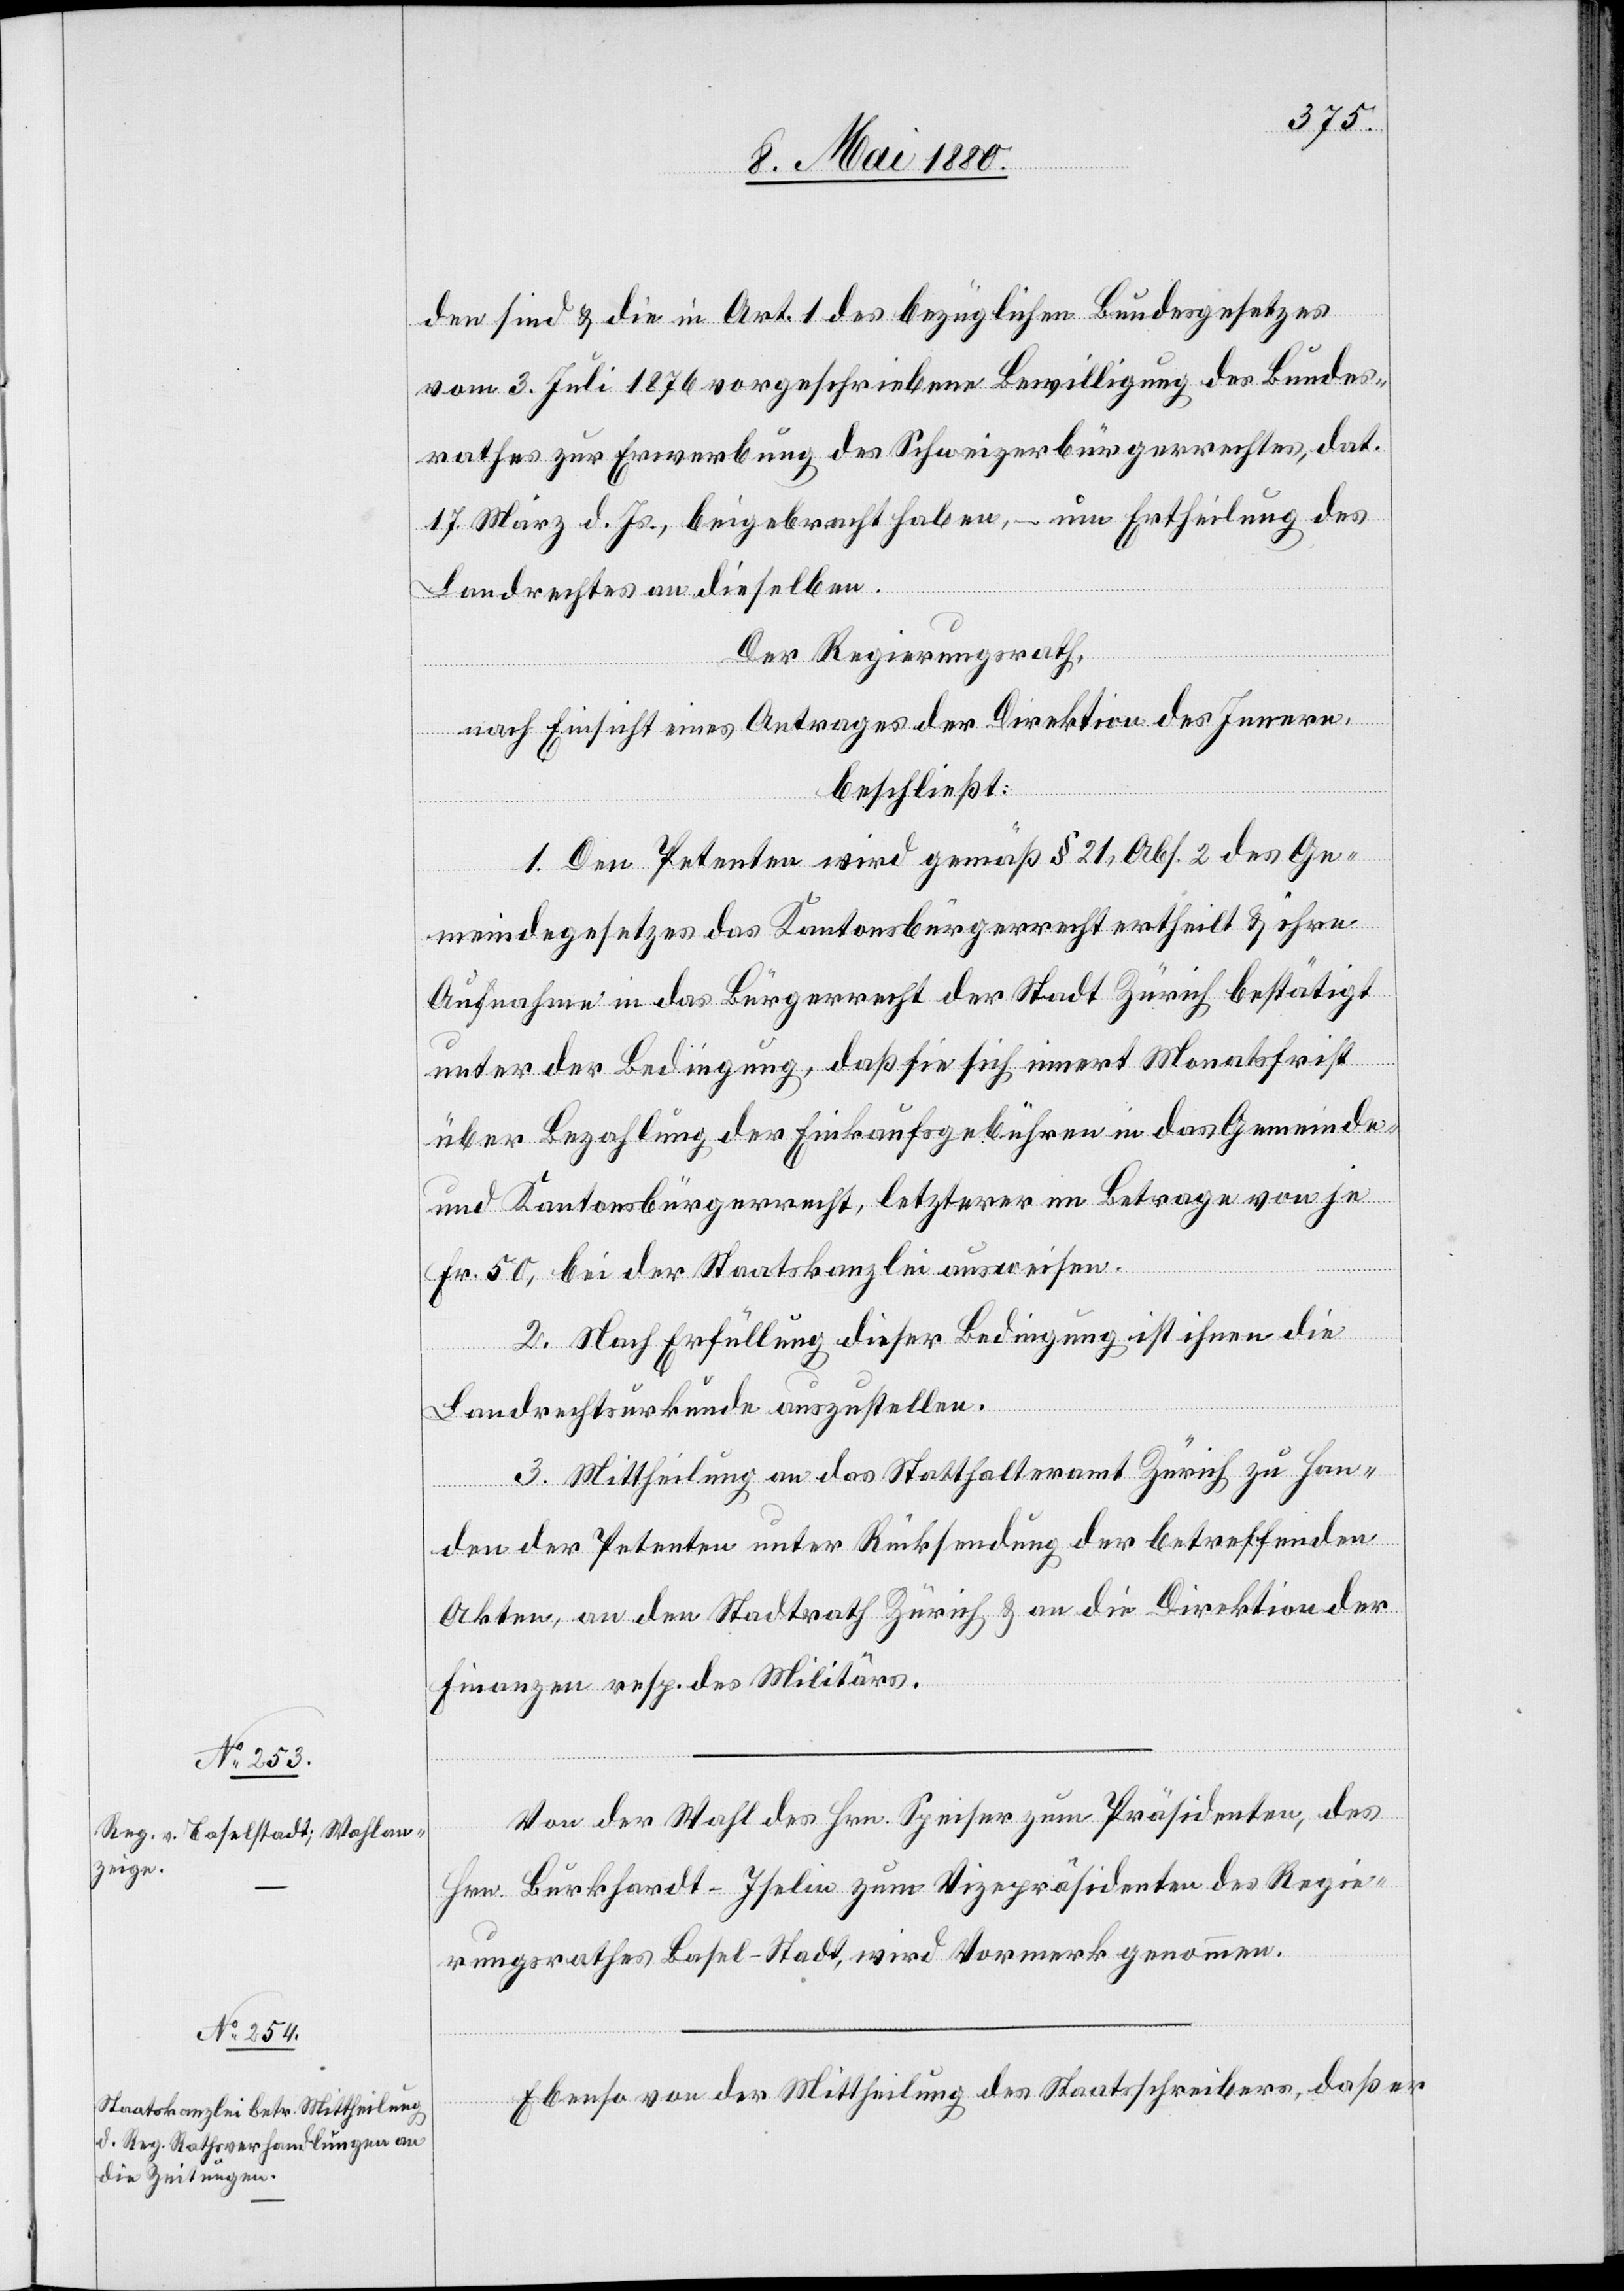
den sind & die in Art. 1 des bezüglichen Bundesgesetzes
vom 3. Juli 1876 vorgeschriebene Bewilligung des Bundes¬
rathes zur Erwerbung des Schweizerbürgerrechtes, dat.
17. März d. Js, beigebracht haben, – um Ertheilung des
Landrechtes an dieselben.
Der Regierungsrath,
nach Einsicht eines Antrages der Direktion des Innern,
beschließt:
1. Den Petenten wird gemäß § 21, Abs. 2 des Ge¬
meindegesetzes das Kantonsbürgerrecht ertheilt & ihre
Aufnahme in das Bürgerrecht der Stadt Zürich bestätigt
unter der Bedingung, daß sie sich innert Monatsfrist
über Bezahlung der Einkaufsgebühren in das Gemeinde-
und Kantonsbürgerrecht, letzterer im Betrage von je
Fr. 50, bei der Staatskanzlei ausweisen.
2. Nach Erfüllung dieser Bedingung ist ihnen die
Landrechtsurkunde auszustellen.
3. Mittheilung an das Statthalteramt Zürich zu Han¬
den des Petenten unter Rücksendung der betreffenden
Akten, an den Stadtrath Zürich & an die Direktion der
Finanzen resp. des Militärs.
Von der Wahl des Hrn. Speiser zum Präsidenten, des
Hrn. Burkhardt-Iselin zum Vizepräsidenten des Regie¬
rungsrathes Basel-Stadt wird Vormerk genommen.
Ebenso von der Mittheilung des Staatsschreibers, daß er